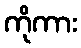
ကိုကား